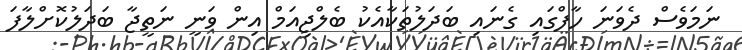
ނަމަވެސް ދެވަނަ ހާފްގައި ގެނައި ބަދަލުތަކާއެކު ބެލްޖިއަމް އިން ވަނީ ނަތީޖާ ބަދަލުކޮށްލާފަ